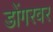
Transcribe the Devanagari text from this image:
डोंगरवर